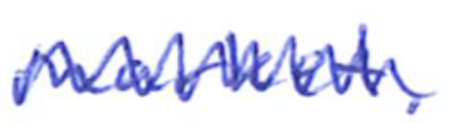
Text: market.
Cross-out: zig-zag
Writing tool: ballpoint